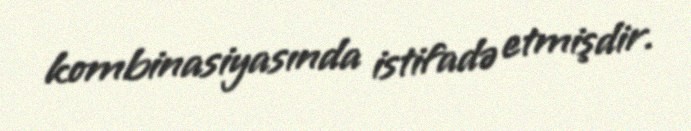
kombinasiyasında istifadə etmişdir.